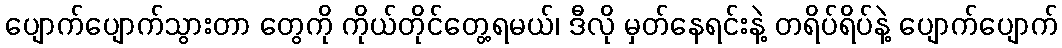
ပျောက်ပျောက်သွားတာ တွေကို ကိုယ်တိုင်တွေ့ရမယ်၊ ဒီလို မှတ်နေရင်းနဲ့ တရိပ်ရိပ်နဲ့ ပျောက်ပျောက်